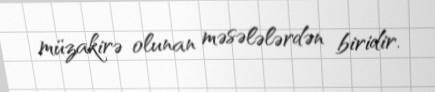
müzakirə olunan məsələlərdən biridir.